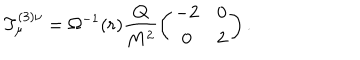
T _ { \mu } ^ { ( 3 ) \nu } = \Omega ^ { - 1 } ( r ) \frac { Q } { M ^ { 2 } } \left( \begin{matrix} { { - 2 } } & { { 0 } } \\ { { 0 } } & { { 2 } } \\ \end{matrix} \right) .